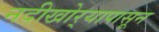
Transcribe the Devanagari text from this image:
नदीखोर्‍यापासून